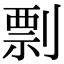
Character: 剽